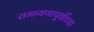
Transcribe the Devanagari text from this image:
रामायणापूर्वीच्या